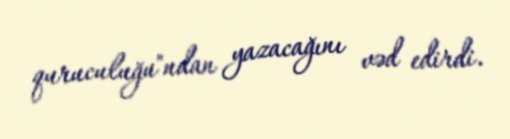
quruculuğu"ndan yazacağını vəd edirdi.